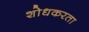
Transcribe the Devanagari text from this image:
शोधकरता